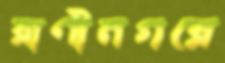
রাণীনগরে